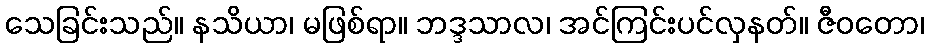
သေခြင်းသည်။ နသိယာ၊ မဖြစ်ရာ။ ဘဒ္ဒသာလ၊ အင်ကြင်းပင်လှနတ်။ ဇီဝတော၊